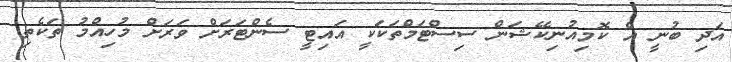
އަދި ބުނީ އެ ކޮމިއުނިކޭޝަން ސިސްޓަމްތަކަކީ އައިޓީ ސެންޓަރަށް ވަރަށް މުހިއްމު ތަކެތި